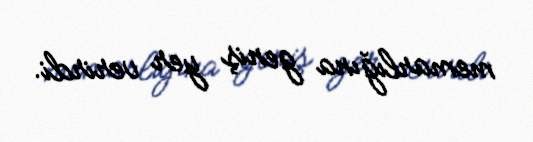
memarlığına geniş yer verirdi.